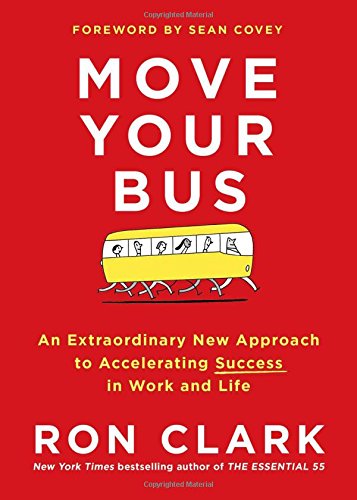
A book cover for Move Your Bus: An Extraordinary New Approach to Accelerating Success in Work and Life; Ron Clark; Education & Teaching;